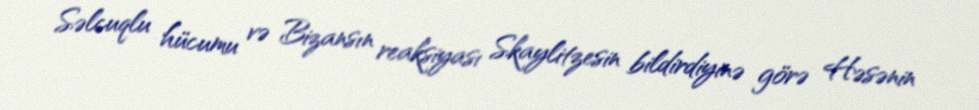
Səlcuqlu hücumu və Bizansın reaksiyası Skaylitzesin bildirdiyinə görə Həsənin